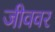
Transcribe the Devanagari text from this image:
जीववर